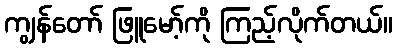
ကျွန်တော် ဖြူမော့်ကို ကြည့်လိုက်တယ်။